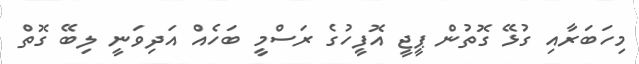
މިހަބަރާއި ގުޅޭ ގޮތުން ޕީޖީ އޮފީހުގެ ރަސްމީ ބަހެއް އަދިވަނީ ލިބޭ ގޮތް